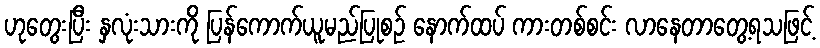
ဟုတွေးပြီး နှလုံးသားကို ပြန်ကောက်ယူမည်ပြုစဉ် နောက်ထပ် ကားတစ်စင်း လာနေတာတွေ့ရသဖြင့်